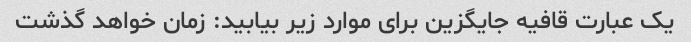
یک عبارت قافیه جایگزین برای موارد زیر بیابید: زمان خواهد گذشت